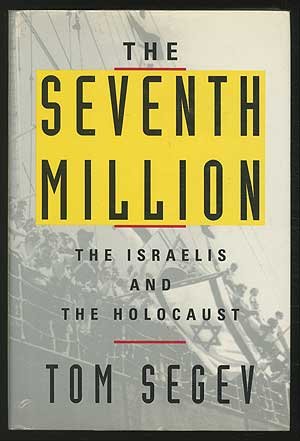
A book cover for The Seventh Million: The Israelis and the Holocaust; Tom Segev; History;